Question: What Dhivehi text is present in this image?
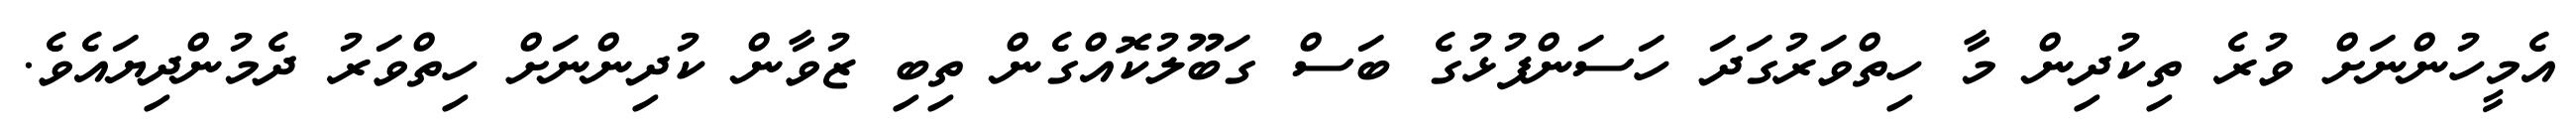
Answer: އެމީހުންނަށް ވުރެ ތިކުދިން މާ ހިތްވަރުގަދަ ހަސަންފުޅުގެ ބަސް ގަބޫލުކޮއްގެން ތިބި ޒުވާން ކުދިންނަށް ހިތްވަރު ދެމުންދިޔައެވެ.